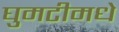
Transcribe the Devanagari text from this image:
घुमटीमधे